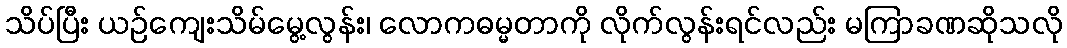
သိပ်ပြီး ယဉ်ကျေးသိမ်မွေ့လွန်း၊ လောကဓမ္မတာကို လိုက်လွန်းရင်လည်း မကြာခဏဆိုသလို